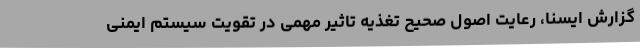
گزارش ایسنا، رعایت اصول صحیح تغذیه تاثیر مهمی در تقویت سیستم ایمنی